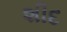
શીદ